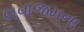
લવાજમના